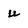
Character: u